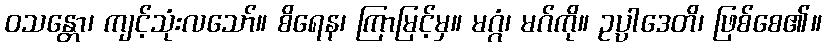
ဝသန္တော၊ ကျင့်သုံးလသော်။ စိရေန၊ ကြာမြင့်မှ။ မဂ္ဂံ၊ မဂ်ကို။ ဥပ္ပါဒေတိ၊ ဖြစ်စေ၏။